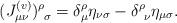
LaTeX: \begin{align*}(J^{(v)}_{\mu\nu})^{\rho}_{\ \sigma}=\delta^{\rho}_{\mu}\eta_{\nu\sigma} - \delta^{\rho}_{\ \nu}\eta_{\mu\sigma}.\end{align*}